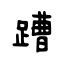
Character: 蹧